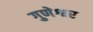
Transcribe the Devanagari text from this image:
गुणेश्वर